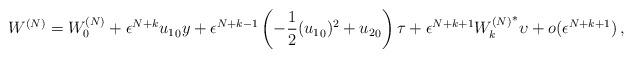
LaTeX: \begin{align*} W^{(N)}= W^{(N)}_0+\epsilon^{N+k}{u_1}_0 {{y}} +\epsilon^{N+k-1}\left( -\frac{1}{2}({u_1}_0)^2+{u_2}_0\right) {\tau}+\epsilon^{N+k+1} {W^{(N)}_k}^* {\upsilon} +o(\epsilon^{N+k+1})\, , \end{align*}